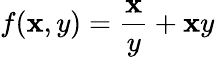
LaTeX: f(\mathbf{x},y)=\frac{{\mathbf{x}}}{{y}}+\mathbf{x}y